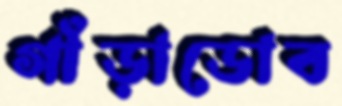
গাঁড়াডোব